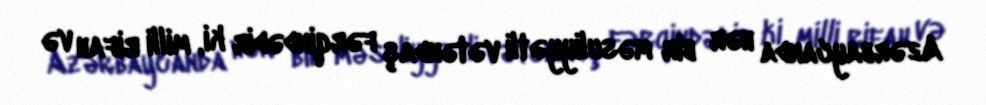
Azərbaycanda hər bir məsuliyyətli vətəndaş fərqindədir ki, milli rifah və